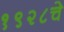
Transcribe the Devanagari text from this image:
१९२८चे